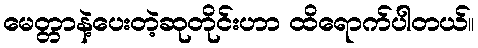
မေတ္တာနဲ့ပေးတဲ့ဆုတိုင်းဟာ ထိရောက်ပါတယ်။